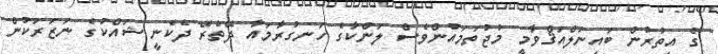
ގެ އިތުރުން ބައިނަލްއަޤްވާމީ މުޖުތަމައުންވެސް ލަންކާގެ ހަނގުރާމައާ ދޭތެރޭ ދެކެނީ ޝައްކުގެ ނަޒަރަކުން